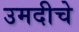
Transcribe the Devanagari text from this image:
उमदीचे